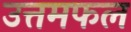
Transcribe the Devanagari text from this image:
उत्तमफल